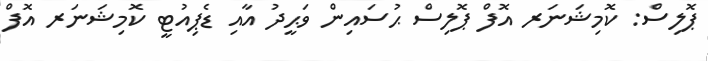
ޕޮލިސް: ކޮމިޝަނަރ އޮފް ޕޮލިސް ޙުސައިން ވަޙީދު އާއި ޑެޕިއުޓީ ކޮމިޝަނަރ އޮފް